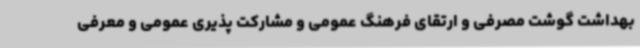
بهداشت گوشت مصرفی و ارتقای فرهنگ عمومی و مشارکت پذیری عمومی و معرفی